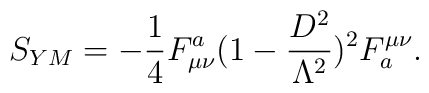
S_{YM}=-\frac{1}{4} F_{\mu \nu}^a(1 - \frac{D^2}{\Lambda^2})^2 F_a^{\mu\nu}.